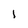
Character: 1